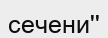
сечени''